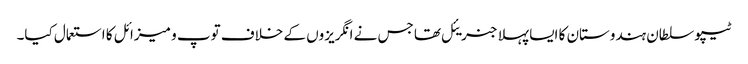
ٹیپو سلطان ہندوستان کا ایسا پہلا جنریئل تھا جس نے انگریزوں کے خلاف توپ و میزائل کا استعمال کیا۔